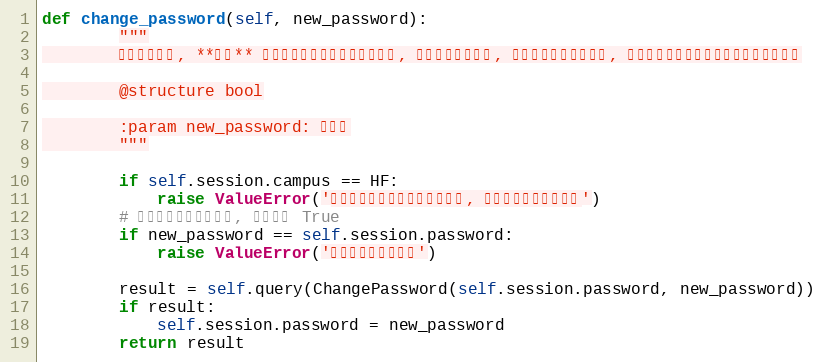
Language: Python
def change_password(self, new_password):
        """
        修改教务密码, **注意** 合肥校区使用信息中心账号登录, 与教务密码不一致, 即使修改了也没有作用, 因此合肥校区帐号调用此接口会直接报错

        @structure bool

        :param new_password: 新密码
        """

        if self.session.campus == HF:
            raise ValueError('合肥校区使用信息中心账号登录, 修改教务密码没有作用')
        # 若新密码与原密码相同, 直接返回 True
        if new_password == self.session.password:
            raise ValueError('原密码与新密码相同')

        result = self.query(ChangePassword(self.session.password, new_password))
        if result:
            self.session.password = new_password
        return result